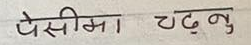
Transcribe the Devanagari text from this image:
पेसीमा चढ्नु